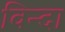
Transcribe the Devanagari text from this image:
विन्दा